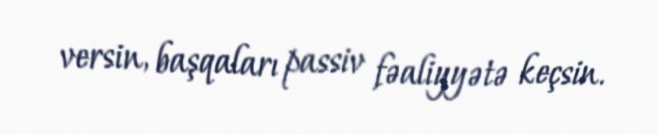
versin, başqaları passiv fəaliyyətə keçsin.